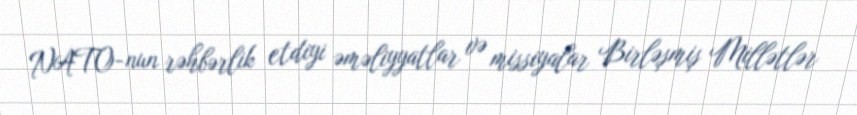
NATO-nun rəhbərlik etdiyi əməliyyatlar və missiyalar Birləşmiş Millətlər